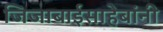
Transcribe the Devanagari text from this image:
जिजाबाईसाहेबांनी